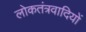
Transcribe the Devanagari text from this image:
लोकतंत्रवादियों